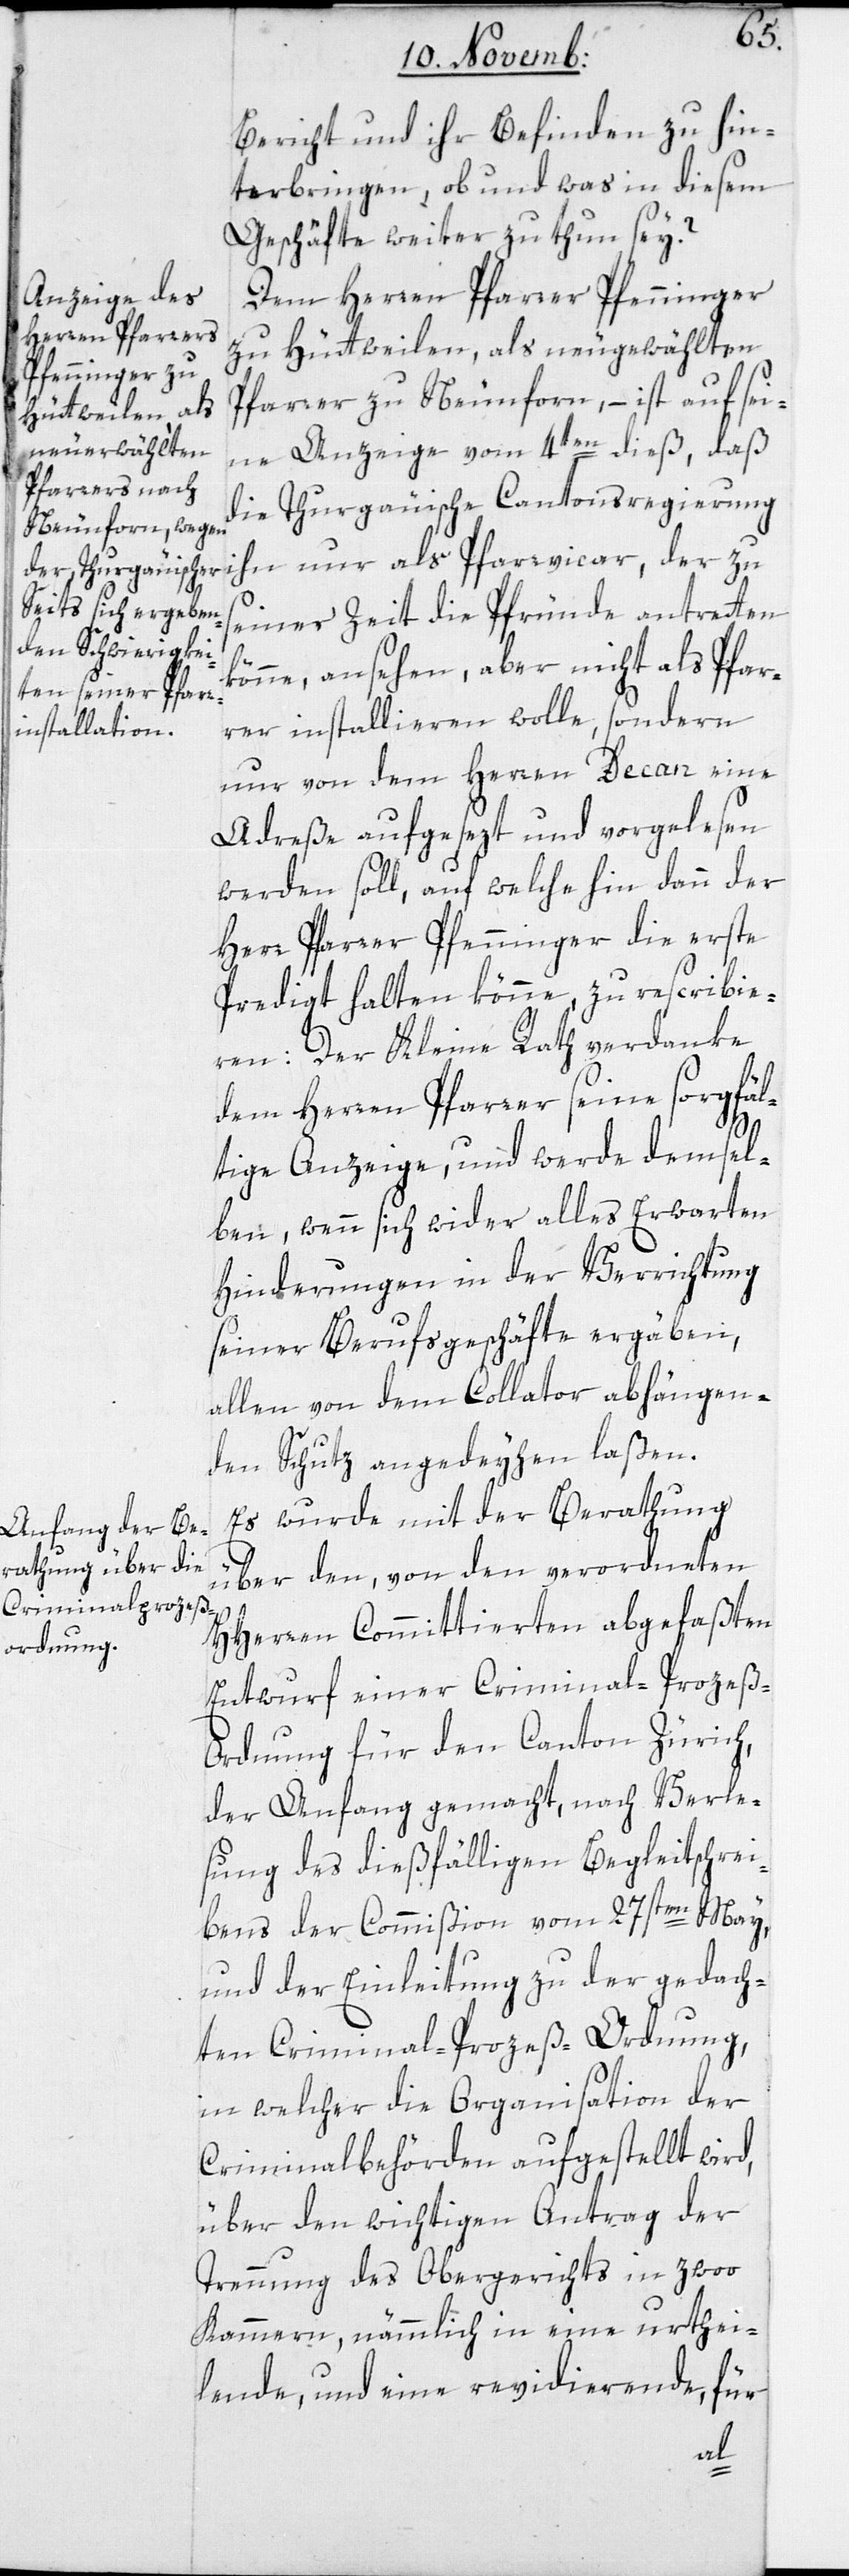
Bericht und ihr Befinden zu hin¬
terbringen, ob und was in diesem
Geschäfte weiter zu thun sey?
Dem Herren Pfarrer Pfenninger
zu Hüttwilen, als neu gewählten
Pfarrer zu Neunforn, – ist auf sei¬
ne Anzeige vom 4ten dieß, daß
die Thurgauische Cantonsregierung
ihn nur als Pfarrvicar, der zu
seiner Zeit die Pfründe antreten
könne, ansehen, aber nicht als Pfar¬
rer installieren wolle, sondern
nur von dem Herren Decan eine
Adreße aufgesezt und vorgelesen
werden soll, auf welche hin dann der
Herr Pfarrer Pfenninger die erste
Predigt halten könne, zu rescribie¬
ren: Der Kleine Rath verdanke
dem Herren Pfarrer seine sorgfäl¬
tige Anzeige, und werde demsel¬
ben, wenn sich wieder alles Erwarten
Hinderungen in der Verrichtung
seiner Berufsgeschäfte ergäben,
allen von dem Collator abhängen¬
den Schutz angedeyhen laßen.
Es wurde mit der Berathung
über den, von den verordneten
HHerren Committierten abgefaßten
Entwurf einer Criminal-Prozeß-O¬
rdnung für den Canton Zürich,
der Anfang gemacht, nach Verle¬
sung des dießfälligen Begleitschrei¬
bens der Commißion vom 27sten May,
und der Einleitung zu der gedach¬
ten Criminal-Prozeß-Ordnung,
in welcher die Organisation der
Criminalbehörden aufgestellt wird,
über den wichtigen Antrag der
Trennung des Obergerichts in zwoo
Kammern, nämmlich in eine urthei¬
lende und eine revidierende, für